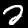
Digit: 2